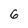
Character: 6